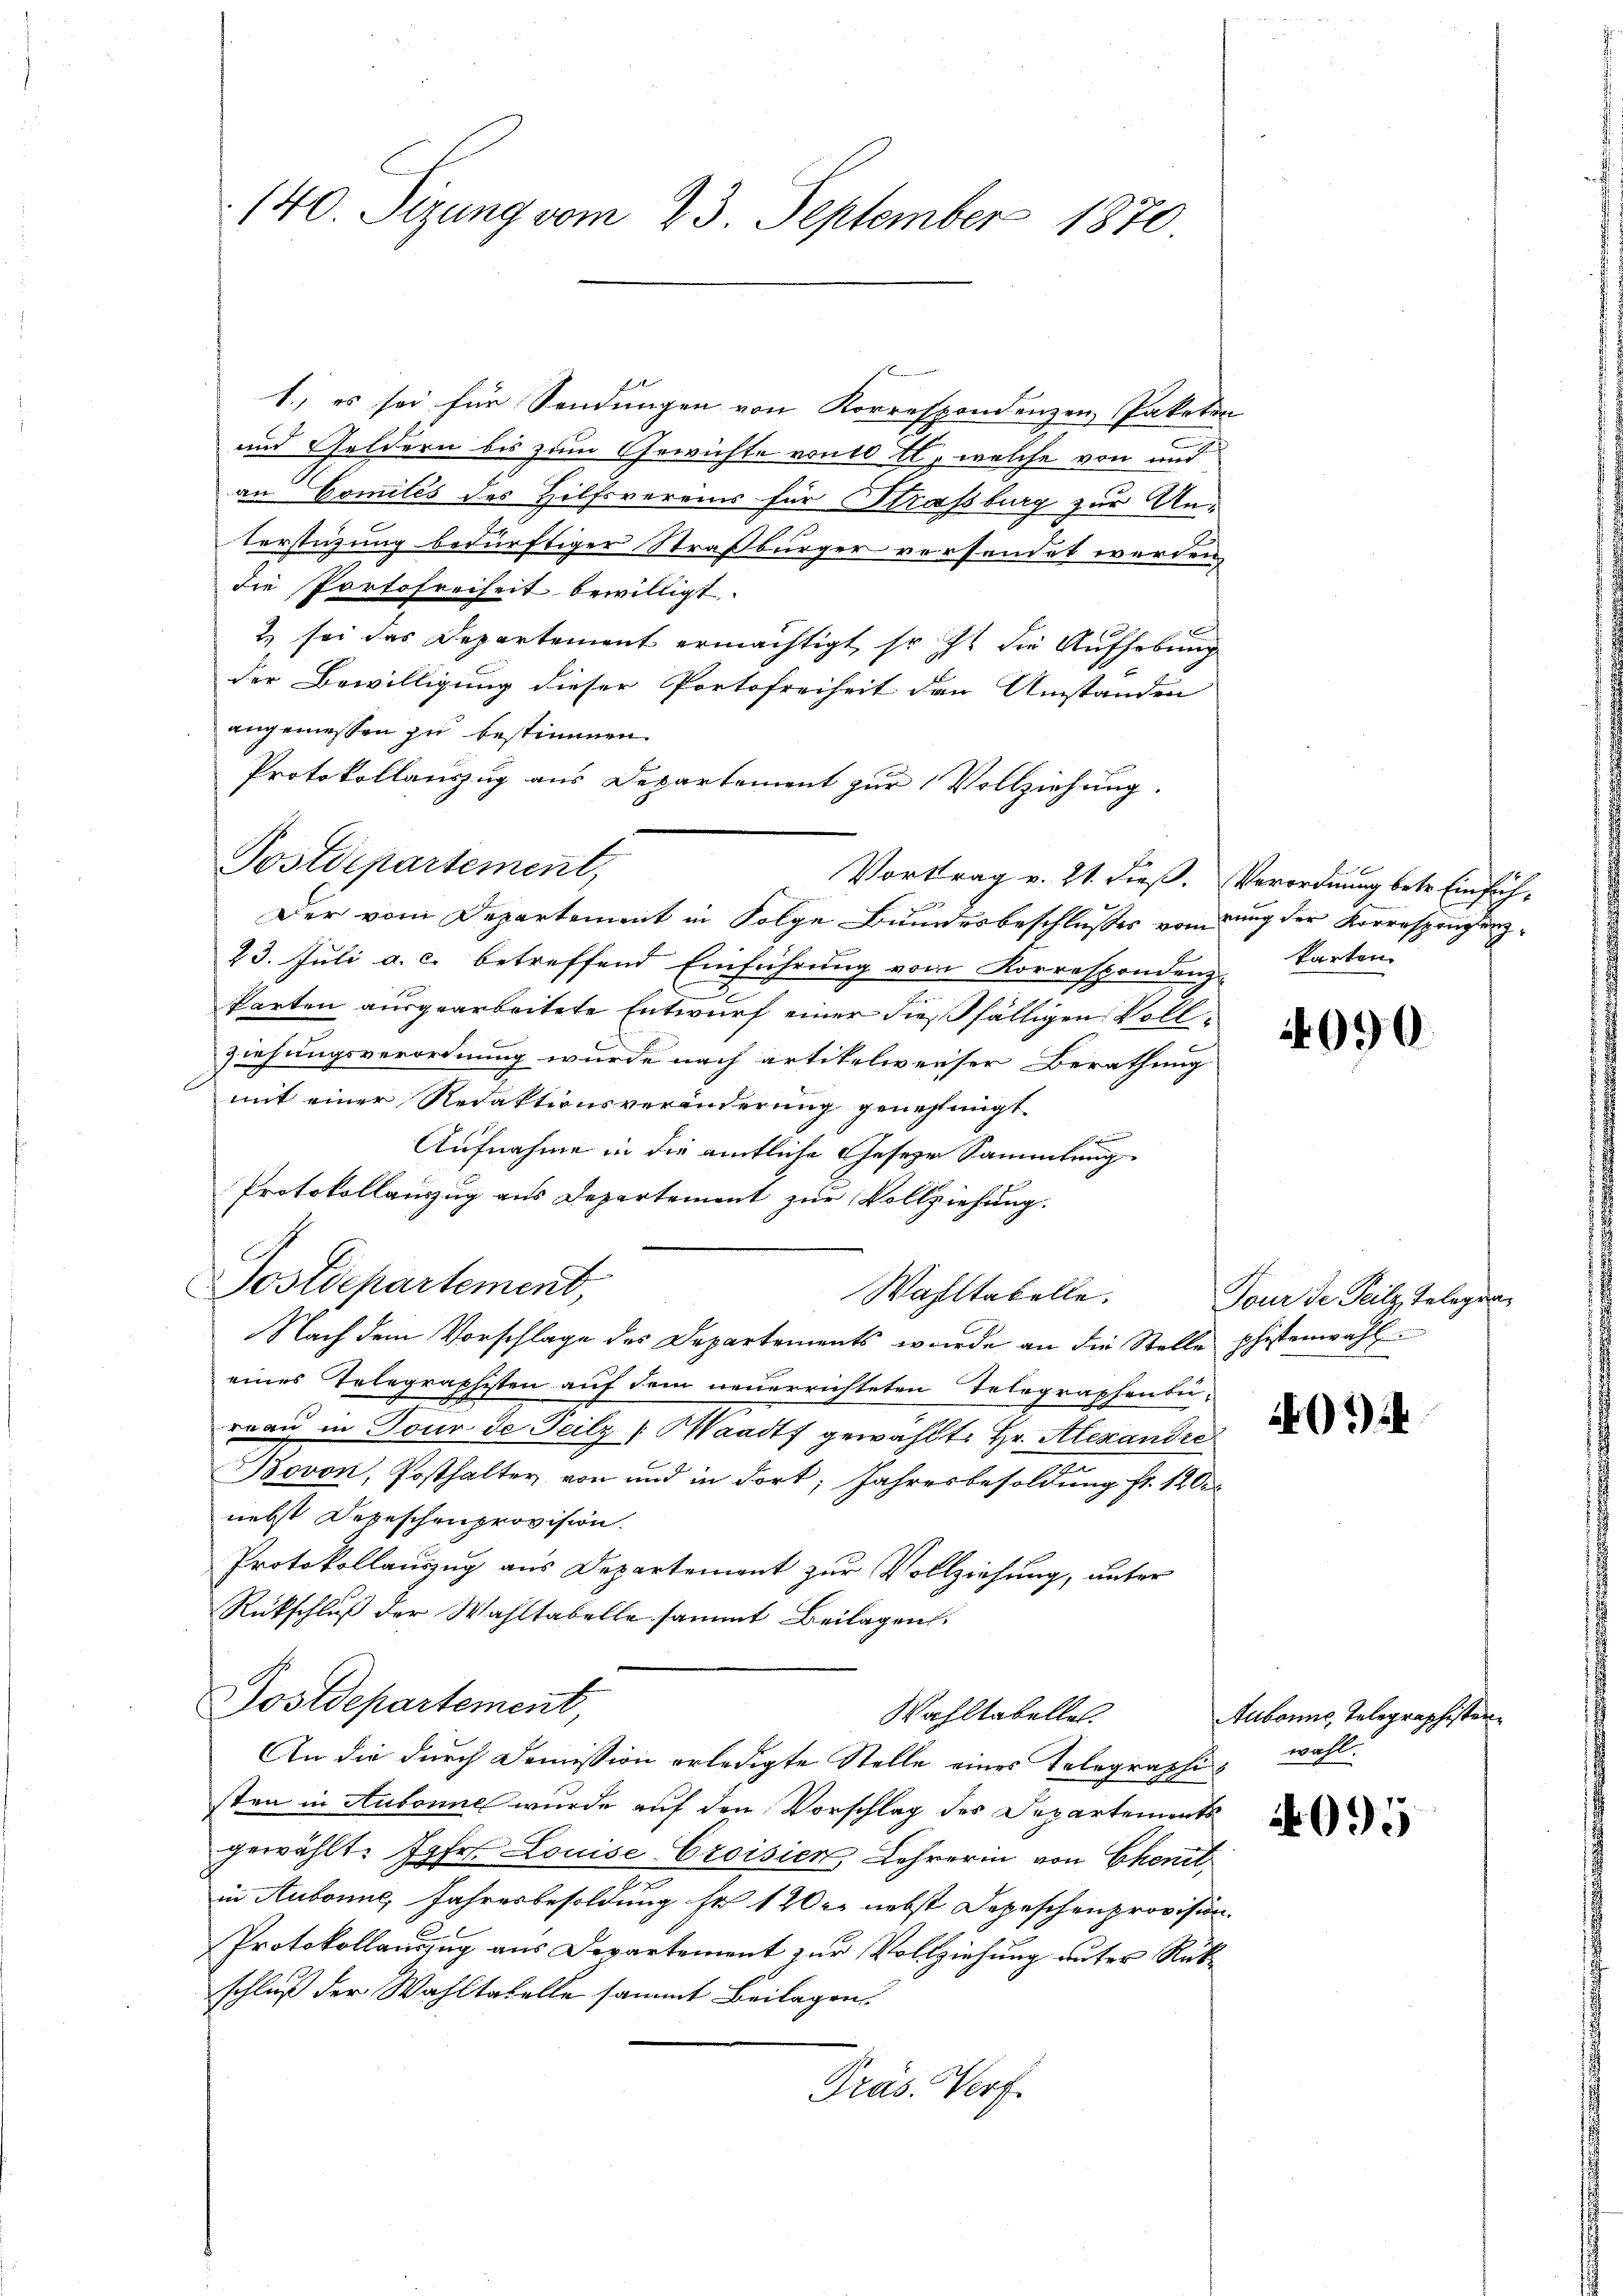
Bemer
1., es sei für Sendungen von Korrespondenzen Paketen
und Geldern bis zum Gewichte vom 10 tl, welche von und
an Comités des Hilfsvereins für Strassburg zur Un¬
Verstüzung bedürftiger Straßburger versendet werden,
die Portofreiheit bewilligt.
& sei das Departement ermächtigt, so ist die Aufhebung
der Bewilligung dieser Portofreiheit den Umständen
angemessen zu bestimmen.
Protokollauszug aus Departement zur Vollziehung.
Postdepartement,
Vortrag v. 21. dieß. Verordnung betr. Einfüh-
.
Der vom Departement in Folge Bundesbeschlußes von dung der Korrespondenz¬
23. Juli a. c. betreffend Einführung vom Korrespondenz-
Parten ausgearbeitete Entwurf einer dießfälligen Vollziehungsverordnung wurde nach artikelweiser Berathung
mit einer Redaktionsveränderung genehmigt.

Aufnahme in die amtliche Geseze Sammlung
Protokollauszug aus Departement zur Vollziehung.
C
Postdepartemend,
Wahltabelle.
Nach dem Vorschlage des Departements wurde an die Stelle phistenwahl
eines Telegraphisten auf dem neuerrichteten Telegraphenbü-
reau in Tour de Teilz (Waadt gewählt: Hr. Alexandre
Bovon, Posthalter von und in dort Jahresbesoldung fr. 120
nebst Depeschenprovision.
Protokollauszug aus Departement zur Vollziehung, unter
Rückschluß der Wahltabelle sammt Beilagen.
Postdepartement,
Wahltabelle.
An die durch Domission erledigte Stelle eines Telegraphie wohl
sten in Aubonne wurde auf den Vorschlag des Departements
gewählt. Jahr. Louise Croisien, Lehrerin von Chenit
in Aubonne, Jahresbesoldung sr 1200. nebst Depeschenprovision.
Protokollanzug aus Departement zur Vollziehung unter Rükschluß der Wahltabelle sammt Beilagen
Präs. Verf.

140. Sizung vom 23. September 1870

karten

4090.

Tour de Teilz, Telegra¬

401

Aubonne, Telegraphisten.

4095